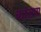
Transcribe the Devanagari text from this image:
कांडण